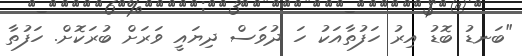
"ބަނޑު ބޮޑު އިރު ހަފުތާއަކު ހަ ދުވަސް ދިޔައީ ވަރަށް ބުރަކޮށް. ހަފުތާ